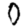
Digit: 0